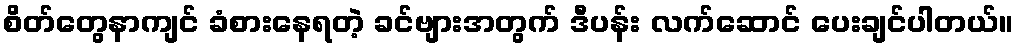
စိတ်တွေနာကျင် ခံစားနေရတဲ့ ခင်ဗျားအတွက် ဒီပန်း လက်ဆောင် ပေးချင်ပါတယ်။